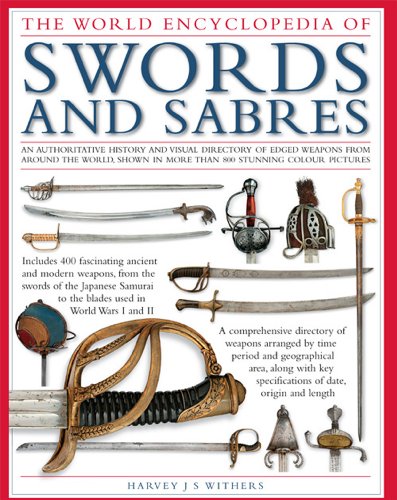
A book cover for The Illustrated Encyclopedia of Swords and Sabers: An authorative history and visual directory of edged weapons from around the world, shown in over 800 stunning colour photographs; Harvey J. S. Withers; Reference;